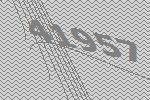
41957